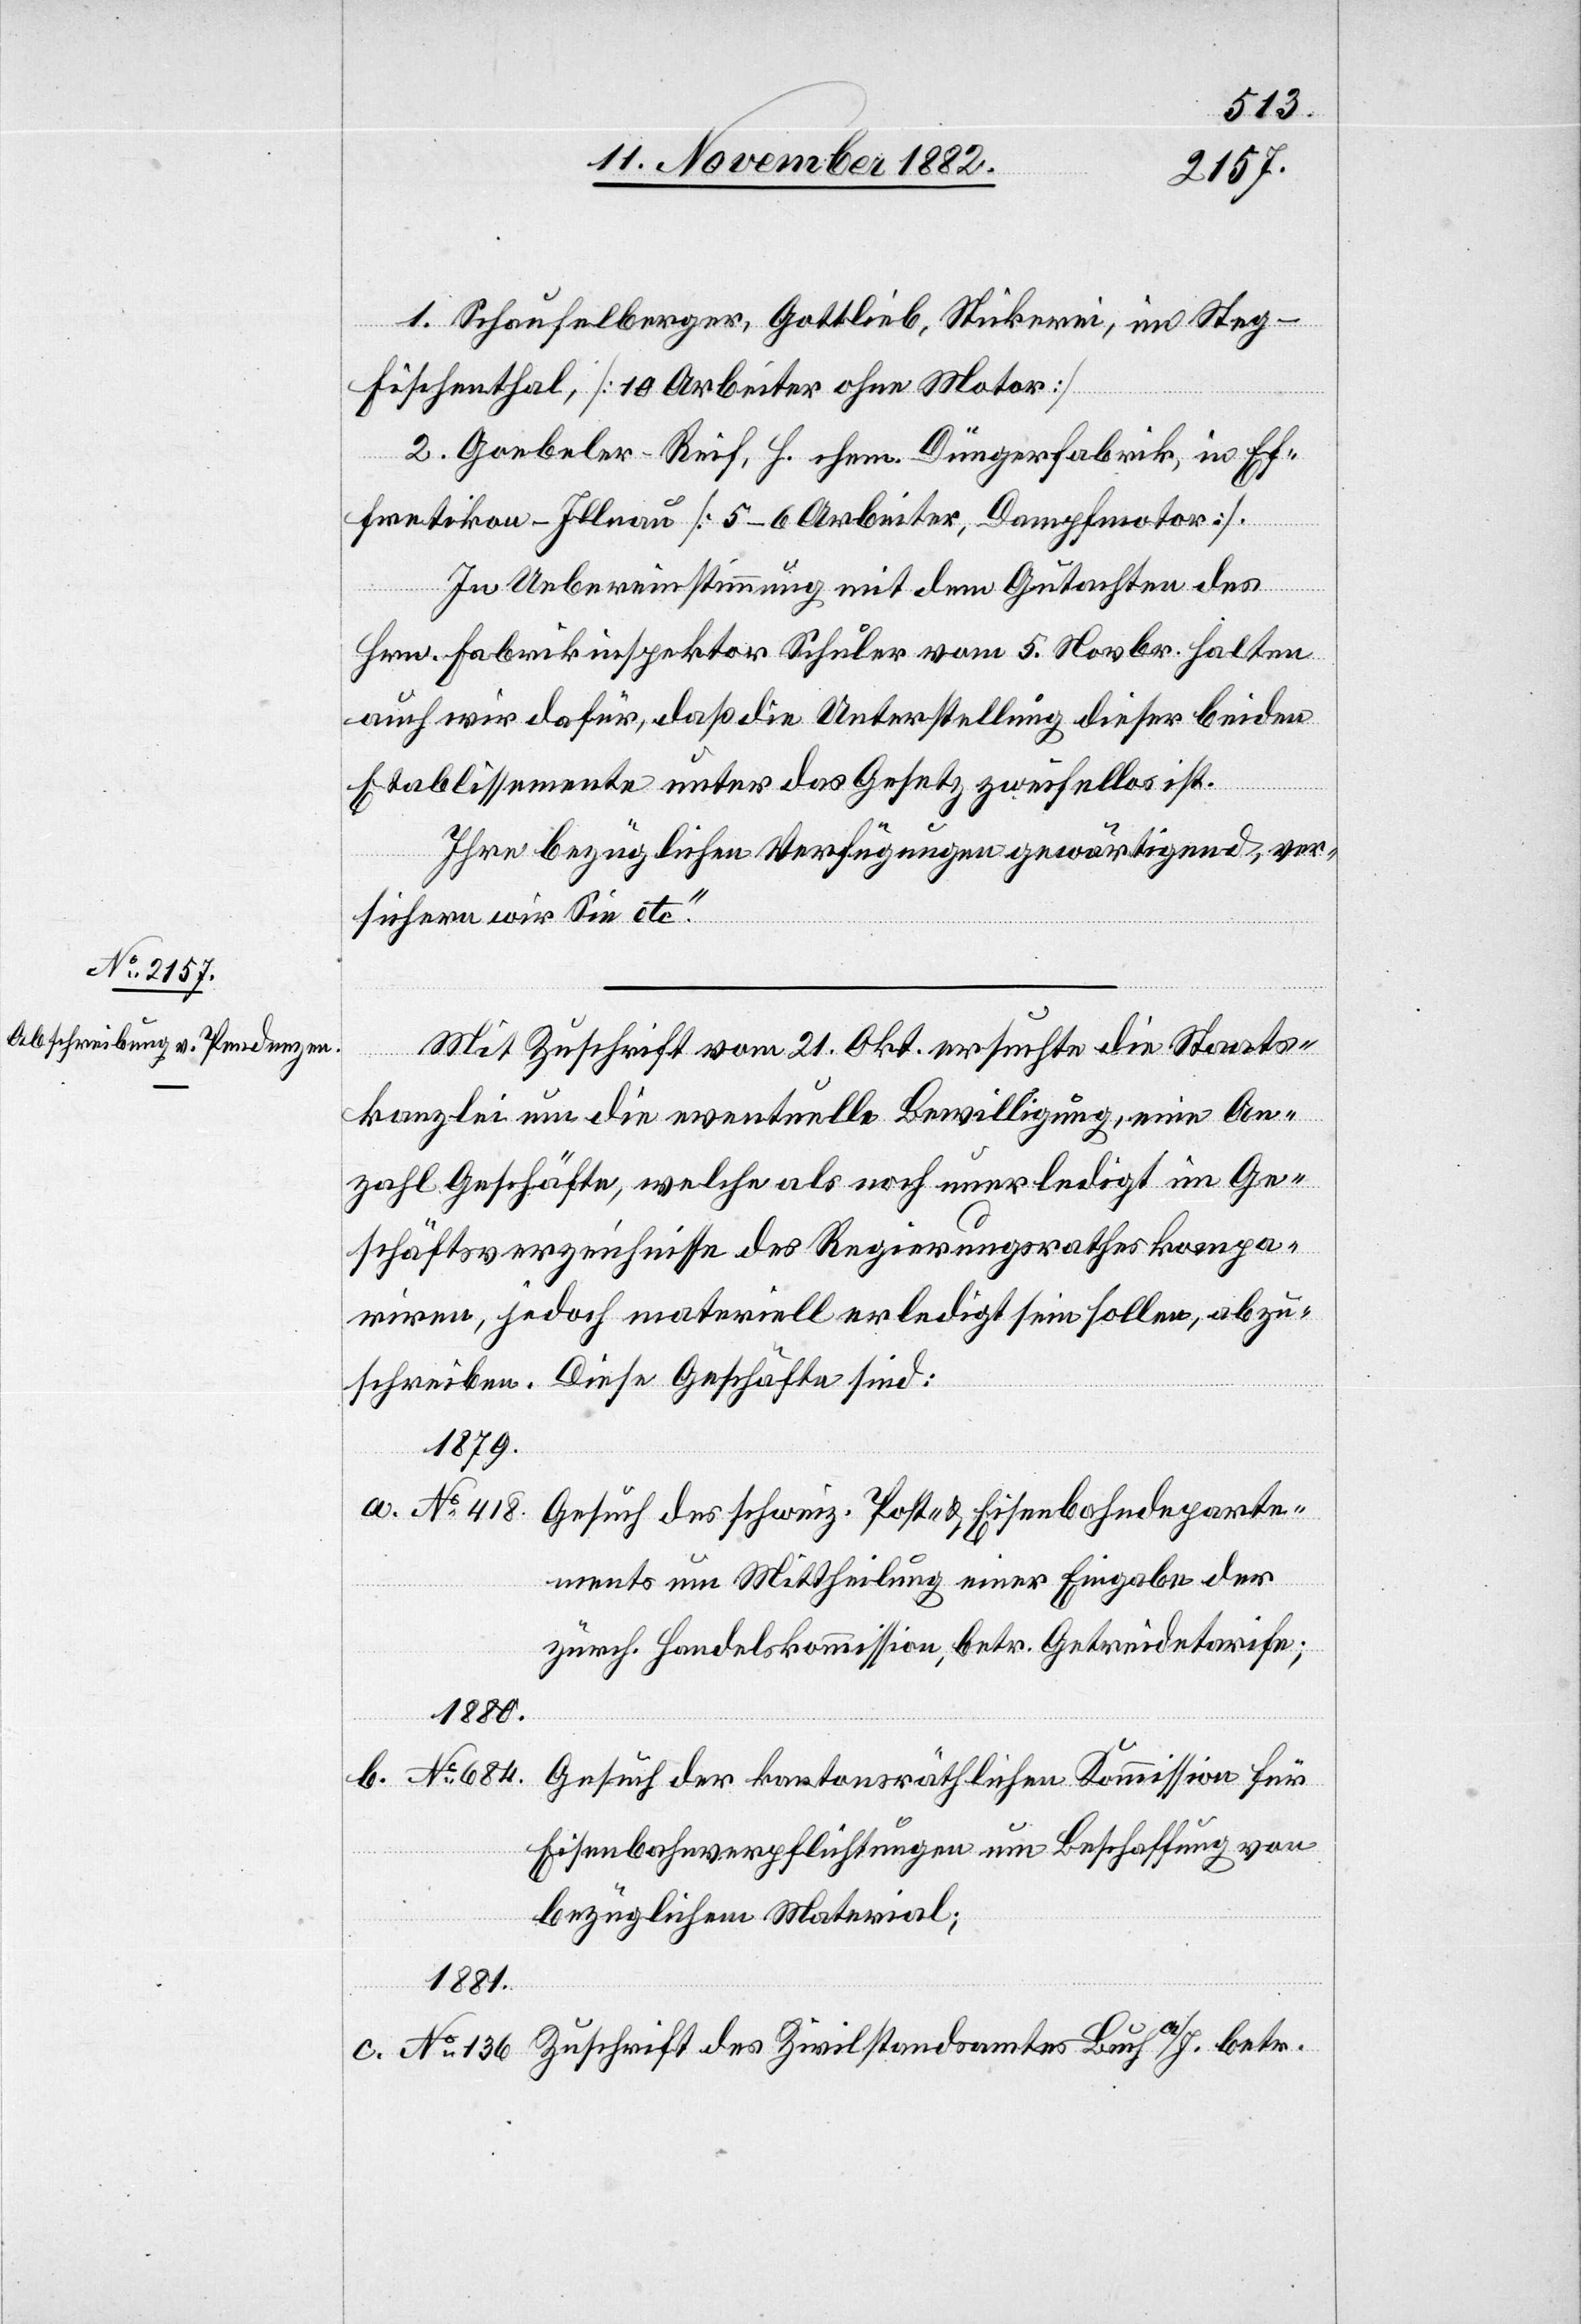
No 418.

1. Schaufelberger, Gottlieb, Stickerei, im Steg
Fischenthal, [10 Arbeiter ohne Motor]
2. Goebeler-Reif, H. ehem. Düngerfabrik, in Ef¬
fretikon - Illnau [5–6 Arbeiter, Dampfmotor].
c.
In Uebereinstimmung mit dem Gutachten des
Hrn. Fabrikinspektor Schuler vom 5. Novbr. halten
auch wir dafür, daß die Unterstellung dieser beiden
Etablissemente unter das Gesetz zweifellos ist.
Ihre bezüglichen Verfügungen gewärtigend, ver¬
sichern wir Sie etc.“
Mit Zuschrift vom 21. Okt. ersuchte die Staats¬
kanzlei um die eventuelle Bewilligung, eine An¬
zahl Geschäfte, welche als noch unerledigt im Ge¬
schäftsverzeichnisse des Regierungsrathes kompa¬
riren, jedoch materiell erledigt sein sollen, abzu¬
schreiben. Diese Geschäfte sind:
1879.
Gesuch des schweiz. Post- & Eisenbahndeparte¬
der
ments um Mittheilung einer Eingabe der
zürch. Handelskommission, betr. Getreidetarife;
No 684.
Eisenbahnverpflichtungen um Beschaffung von
bezüglichem Material;
No 136.
Zuschrift des Zivilstandsamtes Buch a/I. betr.